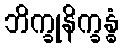
ဘိက္ခုနိက္ခန္ဓံ